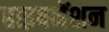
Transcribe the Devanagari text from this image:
हाइबनेंशन